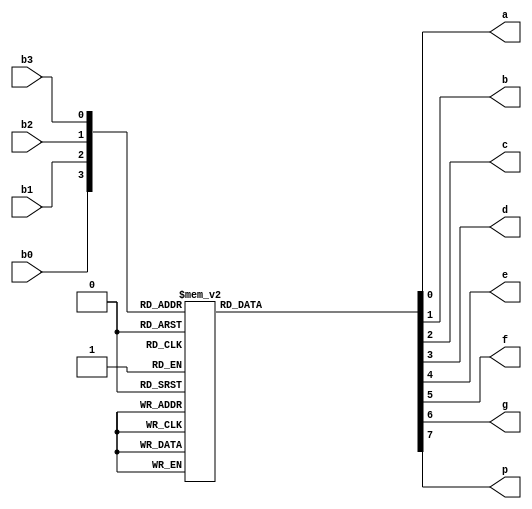
module descodificador_bin2hex(b0,b1,b2,b3,a,b,c,d,e,f,g,p);
	input b0,b1,b2,b3;
	output a,b,c,d,e,f,g,p;
	reg a,b,c,d,e,f,g,p;

always @ (b0 or b1 or b2 or b3)

case ({b0,b1,b2,b3})

4'b0000: begin a=1'b1;b=1'b1;c=1'b1;d=1'b1;e=1'b1;f=1'b1;g=1'b0;p=1'b1; end
4'b0001: begin a=1'b0;b=1'b1;c=1'b1;d=1'b0;e=1'b0;f=1'b0;g=1'b0;p=1'b1; end
4'b0010: begin a=1'b1;b=1'b1;c=1'b0;d=1'b1;e=1'b1;f=1'b0;g=1'b1;p=1'b1; end
4'b0011: begin a=1'b1;b=1'b1;c=1'b1;d=1'b1;e=1'b0;f=1'b0;g=1'b1;p=1'b1; end
4'b0100: begin a=1'b0;b=1'b1;c=1'b1;d=1'b0;e=1'b0;f=1'b1;g=1'b1;p=1'b1; end
4'b0101: begin a=1'b1;b=1'b0;c=1'b1;d=1'b1;e=1'b0;f=1'b1;g=1'b1;p=1'b1; end
4'b0110: begin a=1'b1;b=1'b0;c=1'b1;d=1'b1;e=1'b1;f=1'b1;g=1'b1;p=1'b1; end
4'b0111: begin a=1'b1;b=1'b1;c=1'b1;d=1'b0;e=1'b0;f=1'b0;g=1'b0;p=1'b1; end
4'b1000: begin a=1'b1;b=1'b1;c=1'b1;d=1'b1;e=1'b1;f=1'b1;g=1'b1;p=1'b1; end
4'b1001: begin a=1'b1;b=1'b1;c=1'b1;d=1'b1;e=1'b1;f=1'b1;g=1'b1;p=1'b1; end
4'b1010: begin a=1'b1;b=1'b1;c=1'b1;d=1'b1;e=1'b0;f=1'b1;g=1'b1;p=1'b0; end
4'b1011: begin a=1'b1;b=1'b1;c=1'b1;d=1'b0;e=1'b1;f=1'b1;g=1'b1;p=1'b0; end
4'b1100: begin a=1'b1;b=1'b1;c=1'b1;d=1'b1;e=1'b1;f=1'b1;g=1'b1;p=1'b0; end
4'b1101: begin a=1'b1;b=1'b0;c=1'b0;d=1'b1;e=1'b1;f=1'b1;g=1'b0;p=1'b0; end
4'b1110: begin a=1'b0;b=1'b1;c=1'b1;d=1'b1;e=1'b1;f=1'b0;g=1'b1;p=1'b0; end
4'b1111: begin a=1'b1;b=1'b0;c=1'b0;d=1'b1;e=1'b1;f=1'b1;g=1'b1;p=1'b0; end

endcase
endmodule